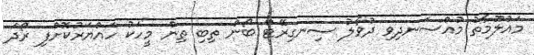
މައުލޫމާތު މުއްސަނދިވި ދުވާލު ސިނގިރޭޓް ބޯން ތިބި ތިން މީހަކު ހައްޔަރުކޮށްފި ރޯދަ